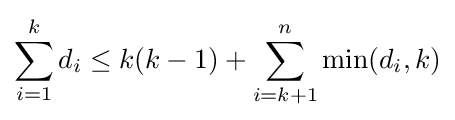
\sum _{i=1}^{k}d_{i}\leq k(k-1)+\sum _{i=k+1}^{n}\min(d_{i},k)